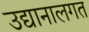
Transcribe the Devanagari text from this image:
उद्यानालगत